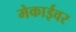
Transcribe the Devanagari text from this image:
मेकाईवर